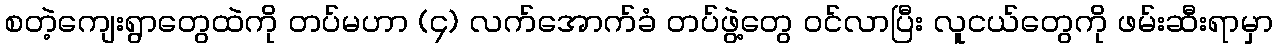
စတဲ့ကျေးရွာတွေထဲကို တပ်မဟာ (၄) လက်အောက်ခံ တပ်ဖွဲ့တွေ ဝင်လာပြီး လူငယ်တွေကို ဖမ်းဆီးရာမှာ